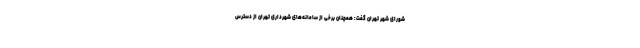
شورای شهر تهران گفت: همچنان برخی از سامانه‌های شهرداری تهران از دسترس